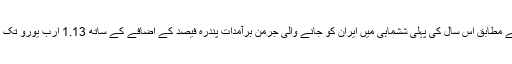
ہیمبرگ میں قائم جرمن ایرانی چیمبر آف کامرس کے سربراہ مشائیل ٹوکُس کے مطابق اس سال کی پہلی ششماہی میں ایران کو جانے والی جرمن برآمدات پندرہ فیصد کے اضافے کے ساتھ 1.13 ارب یورو تک پہنچ گئیں جبکہ اس پورے سال میں یہ حجم چار ارب یورو تک پہنچ سکتا ہے۔